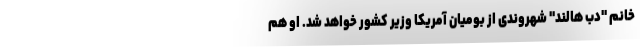
خانم "دب هالند" شهروندی از بومیان آمریکا وزیر کشور خواهد شد. او هم